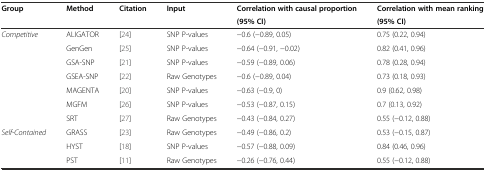
<table><thead><tr><td rowspan="2"><b>Group</b></td><td rowspan="2"><b>Method</b></td><td rowspan="2"><b>Citation</b></td><td rowspan="2"><b>Input</b></td><td><b>Correlation with causal proportion</b></td><td><b>Correlation with mean ranking</b></td></tr><tr><td><b>(95% CI)</b></td><td><b>(95% CI)</b></td></tr></thead><tbody><tr><td rowspan="7"><i>Competitive</i></td><td>ALIGATOR</td><td>[24]</td><td>SNP P-values</td><td>−0.6 (−0.89, 0.05)</td><td>0.75 (0.22, 0.94)</td></tr><tr><td>GenGen</td><td>[25]</td><td>SNP P-values</td><td>−0.64 (−0.91, −0.02)</td><td>0.82 (0.41, 0.96)</td></tr><tr><td>GSA-SNP</td><td>[21]</td><td>SNP P-values</td><td>−0.59 (−0.89, 0.06)</td><td>0.78 (0.28, 0.94)</td></tr><tr><td>GSEA-SNP</td><td>[22]</td><td>Raw Genotypes</td><td>−0.6 (−0.89, 0.04)</td><td>0.73 (0.18, 0.93)</td></tr><tr><td>MAGENTA</td><td>[20]</td><td>SNP P-values</td><td>−0.63 (−0.9, 0)</td><td>0.9 (0.62, 0.98)</td></tr><tr><td>MGFM</td><td>[26]</td><td>SNP P-values</td><td>−0.53 (−0.87, 0.15)</td><td>0.7 (0.13, 0.92)</td></tr><tr><td>SRT</td><td>[27]</td><td>Raw Genotypes</td><td>−0.43 (−0.84, 0.27)</td><td>0.55 (−0.12, 0.88)</td></tr><tr><td rowspan="3"><i>Self-Contained</i></td><td>GRASS</td><td>[23]</td><td>Raw Genotypes</td><td>−0.49 (−0.86, 0.2)</td><td>0.53 (−0.15, 0.87)</td></tr><tr><td>HYST</td><td>[18]</td><td>SNP P-values</td><td>−0.57 (−0.88, 0.09)</td><td>0.84 (0.46, 0.96)</td></tr><tr><td>PST</td><td>[11]</td><td>Raw Genotypes</td><td>−0.26 (−0.76, 0.44)</td><td>0.55 (−0.12, 0.88)</td></tr></tbody></table>